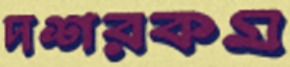
দশরকম